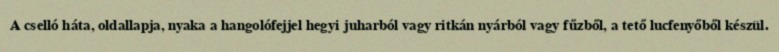
A cselló háta, oldallapja, nyaka a hangolófejjel hegyi juharból vagy ritkán nyárból vagy fűzből, a tető lucfenyőből készül.